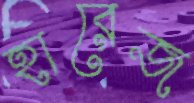
হারেজ